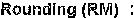
ROUNDING(RM) :